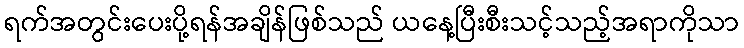
ရက်အတွင်းပေးပို့ရန်အချိန်ဖြစ်သည် ယနေ့ပြီးစီးသင့်သည့်အရာကိုသာ